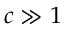
c \gg 1